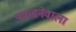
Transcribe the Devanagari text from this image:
पकडनेवाला